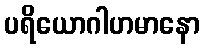
ပရိယောဂါဟမာနော